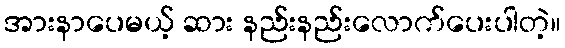
အားနာပေမယ့် ဆား နည်းနည်းလောက်ပေးပါတဲ့။